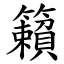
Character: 籟